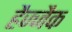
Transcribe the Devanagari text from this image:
हैज्जैक